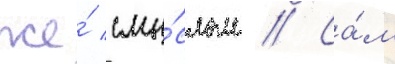
же́ смы́слом // Са́м